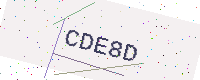
Text: CDE8D